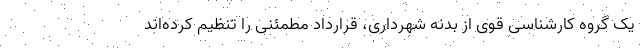
یک گروه کارشناسی قوی از بدنه شهرداری، قرارداد مطمئنی را تنظیم کرده‌اند